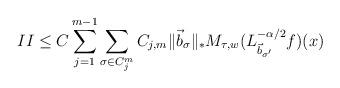
LaTeX: \begin{align*}II\leq C\sum\limits_{j=1}^{m-1}\sum\limits_{\sigma\in C_j^m}C_{j,m}\|\vec{b}_{\sigma}\|_*M_{\tau,w}(L_{\vec{b}_{\sigma'}}^{-\alpha/2}f)(x)\end{align*}